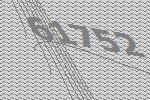
61752